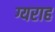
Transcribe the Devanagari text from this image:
ग्यराह